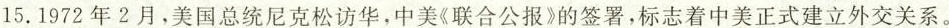
15.1972年2月，美国总统尼克松访华，中美《联合公报》的签署，标志着中美正式建立外交关系。